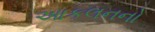
આકલનનો